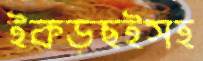
ইকড়ছইসহ